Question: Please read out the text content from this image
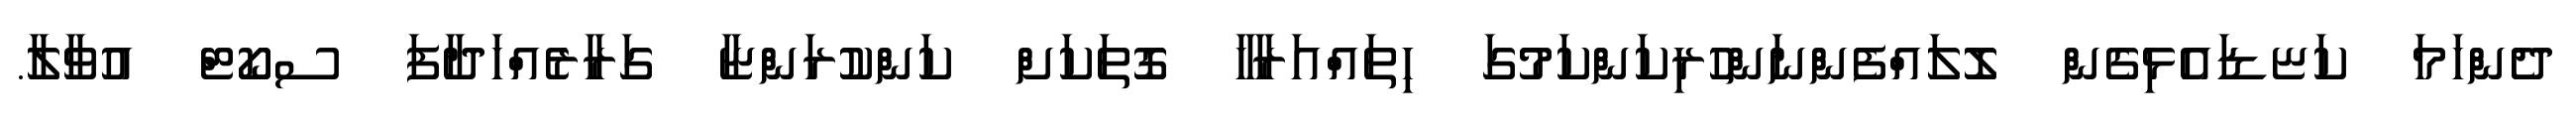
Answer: ދެންހަމަ ކަޏޑައެޅިގެން ލޮލައްފެންނަންހުރިކަންކަމުގަ ހިތައްއަރާހާ ގޮތަކަށް ކަންކުރަންޏާ ގަރާރެއްހަދާފަ ސކޯޓް އުވާލާ.